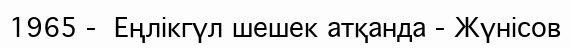
1965 -  Еңлікгүл шешек атқанда - Жүнісов